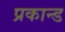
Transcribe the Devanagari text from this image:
प्रकान्ड